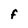
Character: F